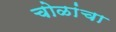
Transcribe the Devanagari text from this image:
चोळांचा